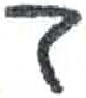
אות: ב